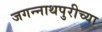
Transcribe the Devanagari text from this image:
जगन्‍नाथपुरीच्या